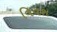
વિવશ